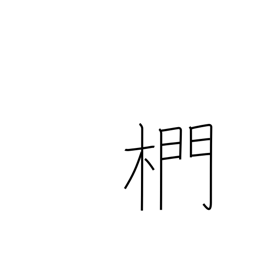
Meaning: oak used for charcoal